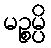
မဉ္စမ္ပိ